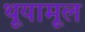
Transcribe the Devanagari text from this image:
थूयामूल